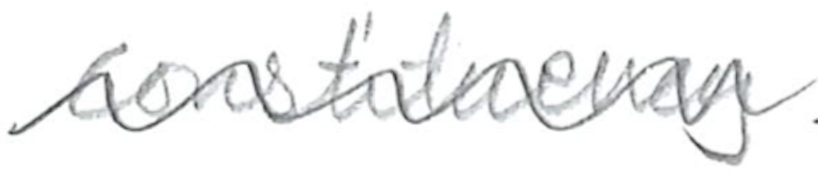
Text: constituency
Cross-out: wave
Writing tool: pencil